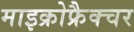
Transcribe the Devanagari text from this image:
माइक्रोफ्रैक्चर